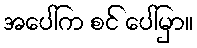
အပေါ်က စင် ပေါ်မှာ။